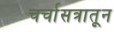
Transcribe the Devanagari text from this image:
चर्चासत्रातून